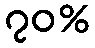
၇၀%